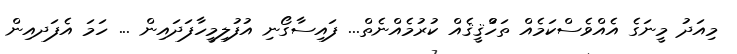
މިއަދު މީނަގެ އެއްވެސްކަމެއް ތަހުްޤީޤެއް ކުރުމެއްނެތް... ފައިސާގޯނި އުފުލިމީހާފަދައިން ... ހަމަ އެފަދއިން